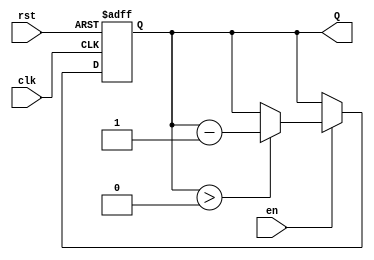
module binary_down_counter (
    input wire clk,       // Clock signal
    input wire rst,       // Asynchronous reset signal
    input wire en,        // Enable signal
    output reg [3:0] Q    // 4-bit output count
);

    // Define the maximum count value for a 4-bit counter
    localparam MAX_COUNT = 4'b1111; // 15 in decimal

    // Asynchronous reset and counting logic
    always @(posedge clk or posedge rst) begin
        if (rst) begin
            Q <= MAX_COUNT; // Reset to maximum count value
        end else if (en) begin
            if (Q > 0) begin
                Q <= Q - 1; // Decrement the count
            end
            // If Q is 0 and en is high, it will remain at 0 (no wrap-around)
        end
    end

endmodule